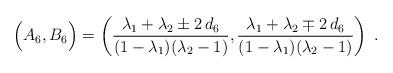
LaTeX: \begin{align*} \Big(A_6, B_6 \Big) = \left(\dfrac{\lambda_1+\lambda_2 \pm 2 \, d_6}{(1-\lambda_1)(\lambda_2-1)},\dfrac{\lambda_1+\lambda_2 \mp 2 \, d_6}{(1-\lambda_1)(\lambda_2-1)}\right) \;.\end{align*}